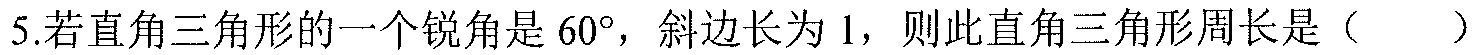
5.若直角三角形的一个锐角是\(60^{\circ}\)，斜边长为\(1\)，则此直角三角形周长是（  ）